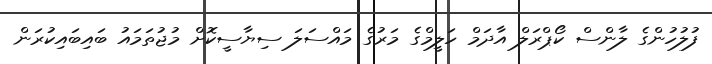
ފުލުހުންގެ ލާންސް ކޯޕްރަލް އާދަމް ހަލީމްގެ މަރުގެ މައްސަލަ ސިޔާސީކޮށް މުޖުތަމައު ބައިބައިކުރަން